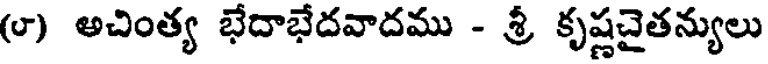
(౮) అచింత్య భేదాభేదవాదము - శ్రీ కృష్ణచైతన్యులు